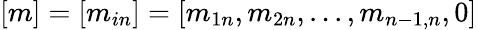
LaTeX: [m]=[m_{in}]=[m_{1n},m_{2n},...,m_{{n-1},n},0]